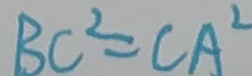
B C ^ { 2 } = C A ^ { 2 }